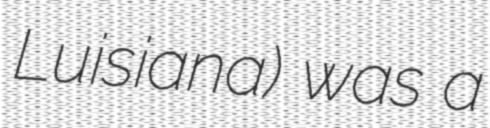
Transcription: Luisiana) was a